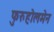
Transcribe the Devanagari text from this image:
फुरुहोलमेन